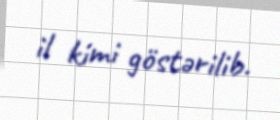
il kimi göstərilib.